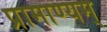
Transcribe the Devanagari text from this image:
प्रामाण्यम्